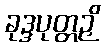
ခုဒ္ဒပုတ္တဉှိ